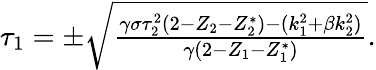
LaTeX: \begin{array}{r}{\tau_{1}=\pm\sqrt{\frac{\gamma\sigma\tau_{2}^{2}(2-Z_{2}-Z_{2}^{*})-(k_{1}^{2}+\beta k_{2}^{2})}{\gamma(2-Z_{1}-Z_{1}^{*})}}.}\end{array}